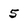
Character: 5